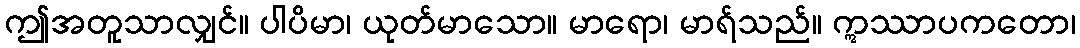
ဤအတူသာလျှင်။ ပါပိမာ၊ ယုတ်မာသော။ မာရော၊ မာရ်သည်။ ဣဿာပကတော၊